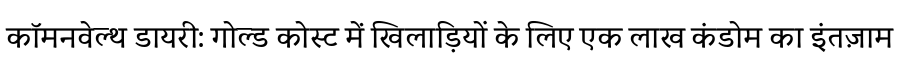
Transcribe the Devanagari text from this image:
कॉमनवेल्थ डायरी: गोल्ड कोस्ट में खिलाड़ियों के लिए एक लाख कंडोम का इंतज़ाम